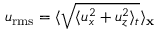
u _ { \mathrm { r m s } } = \langle \sqrt { \langle u _ { x } ^ { 2 } + u _ { z } ^ { 2 } \rangle _ { t } } \rangle _ { \bf x }